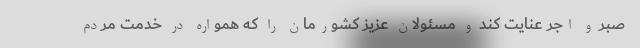
صبر و اجر عنایت کند و مسئولان عزیز کشورمان را که همواره در خدمت مردم